Civil Veterinary Department. Madras. Admin. report 1926-33 - 1926-1933
Year: 1926
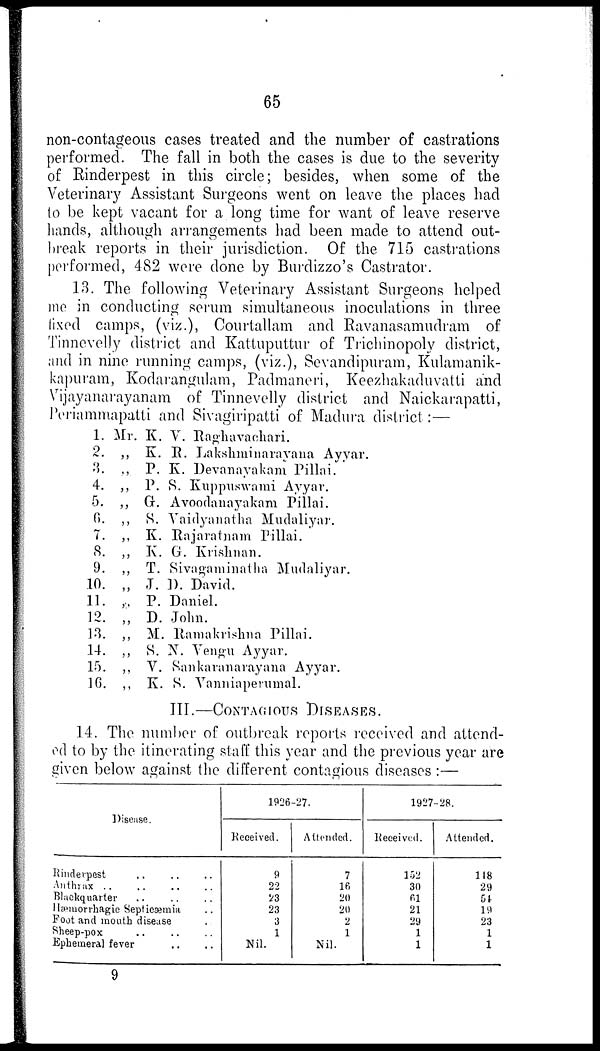
65
non-contageous cases treated and the number of castrations
performed. The fall in both the cases is due to the severity
of Rinderpest in this circle; besides, when some of the
Veterinary Assistant Surgeons went on leave the places had
to be kept vacant for a long time for want of leave reserve
hands, although arrangements had been made to attend out-
break reports in their jurisdiction. Of the 715 castrations
performed, 482 were done by Burdizzo's Castrator.
13. The following Veterinary Assistant Surgeons helped
me in conducting serum simultaneous inoculations in three
fixed camps, (viz.), Courtallam and Ravanasamudram of
Tinnevelly district and Kattuputtur of Trichinopoly district,
and in nine running camps, (viz.), Sevandipuram, Kulamanik-
kapuram, Kodarangulam, Padmaneri, Keezhakaduvatti and
Vijayanarayanam of Tinnevelly district and Naickarapatti,
Periammapatti and Sivagiripatti of Madura district:—
1.
2.
3.
4.
5.
6.
7.
8.
9.
10.
11.
12.
13.
14.
15.
16.
Mr. K. V. Raghuvachari.
„ K. R. Lakshminarayana Ayyar.
„ P. K. Devanayakam Pillai.
„ P. S. Kuppuswami Ayyar.
„ G. Avoodanayakam Pillai.
„ 8. Vaidyanatha Mudaliyar.
„ K. Rajaratnam Pillai.
„ K. G. Krishnan.
„ T. Sivagaminatha Mudaliyar.
„ J. D. David.
„ P. Daniel.
„ D. John.
„ M. Ramakrishna Pillai.
„ S. N. Vengu Ayyar.
„ V. Sankaranarayana Ayyar.
„ K. S. Vanniaperumal.
III.—CONTAGIOUS DISEASES
14. The number of outbreak reports received and attend-
ed to by the itinerating staff this year and the previous year are
given below against the different contagious diseases:—
Disease.
Rinderpest
..
..
..
Anthrax .. .. .. ..
Blackqnarter
..
..
..
Hæmorrhagic Septicæmia ..
Foot and month disease ..
Sheep-pox .. .. ..
Ephemeral fever .. ..
1926-27.
Received.
9
22
23
23
3
1
Nil.
Attended.
7
16
20
20
2
1
Nil.
1927-28.
Received.
152
30
61
21
29
1
1
Attended.
118
29
54
19
23
1
1
9